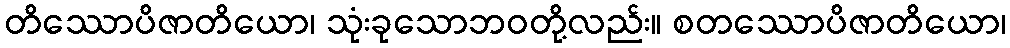
တိဿောပိဇာတိယော၊ သုံးခုသောဘဝတို့လည်း။ စတဿောပိဇာတိယော၊